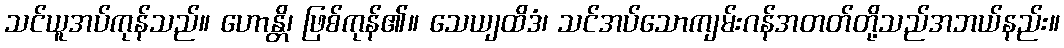
သင်ယူအပ်ကုန်သည်။ ဟောန္တိ၊ ဖြစ်ကုန်၏။ သေယျထိဒံ၊ သင်အပ်သောကျမ်းဂန်အတတ်တို့သည်အဘယ်နည်း။